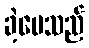
ခဲ့ပေသည်